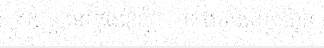
កម្សាន្ត នៅក្នុងខែវិច្ឆិកា ខាងមុខនោះ បាន